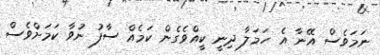
ނަމަވެސް އޭނާ އެ ހަމަލާ ދިނީ ކީއްވެގެން ކަމެއް ސާފު ނުވާ ކަމަށްވެސް